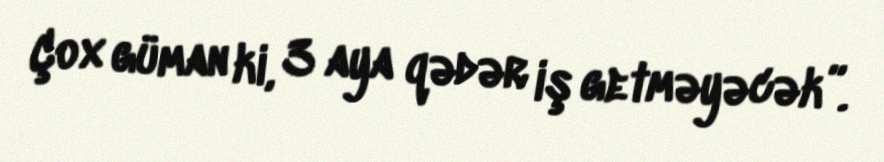
Çox güman ki, 3 aya qədər iş getməyəcək”.